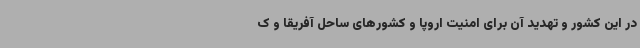
در این کشور و تهدید آن برای امنیت اروپا و کشورهای ساحل آفریقا و ک